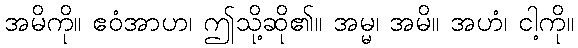
အမိကို။ ဧဝံအာဟ၊ ဤသို့ဆို၏။ အမ္မ၊ အမိ။ အဟံ၊ ငါ့ကို။